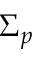
\Sigma _ { p }